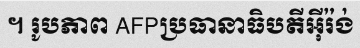
។ រូបភាព AFPប្រធានាធិបតីអ៊ីរ៉ង់